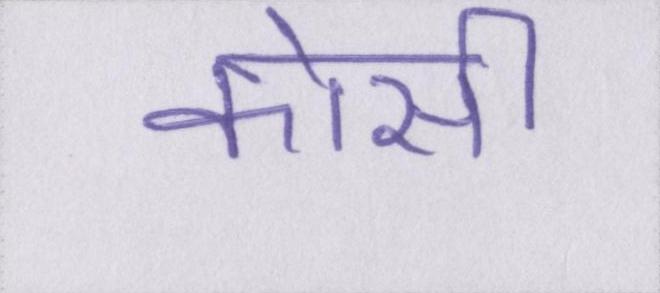
कोसी